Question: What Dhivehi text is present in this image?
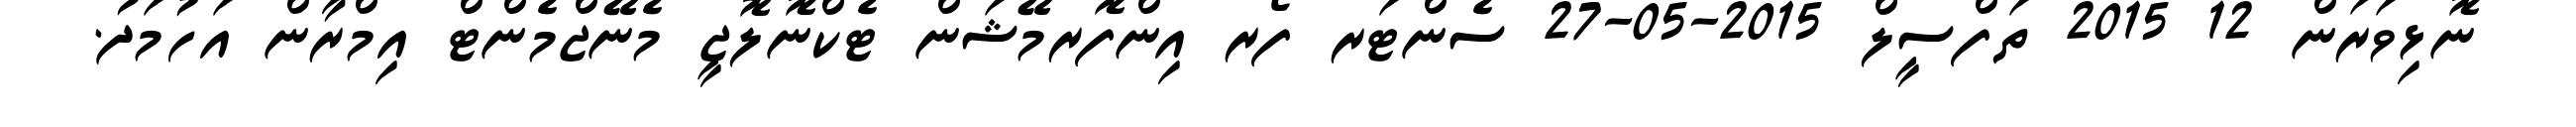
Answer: ނޮޅިވަރަން 12 2015 ތަފްސީލް 2015-05-27 ސެންޓަރ ފޯރ އިންފޮރމޭޝަން ޓެކްނޮލޮޖީ މެނޭޖްމެންޓް އިމްރާން އަހުމަދު.